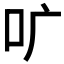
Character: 𫩕